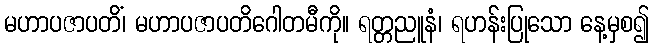
မဟာပဇာပတိံ၊ မဟာပဇာပတိဂေါတမီကို။ ရတ္တညူနံ၊ ရဟန်းပြုသော နေ့မှစ၍